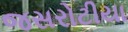
જસરોટીયા